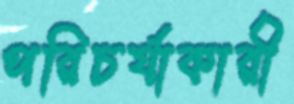
পরিচর্যাকারী